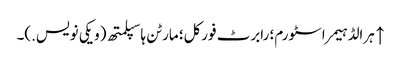
↑ ہرالڈ ہیمر اسٹورم؛ رابرٹ فورکل؛ مارٹن ہاسپلمتھ (ویکی نویس.)۔